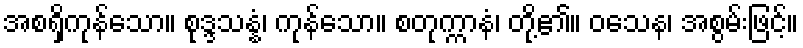
အစရှိကုန်သော။ စုဒ္ဒသန္နံ၊ ကုန်သော။ စတုက္ကာနံ၊ တို့၏။ ဝသေန၊ အစွမ်းဖြင့်။